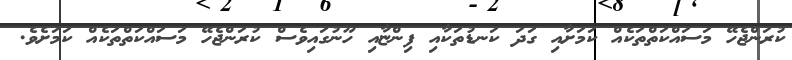
ކުރަންޖެހޭ މަސައްކަތްތަކެއް ކަމަށާއި ގަދަ ކަނޑުތަކާއި ފިންޏާއި ހޫނުގައިވެސް ކުރަންޖެހޭ މަސައްކަތްތަކެއް ކަމަށެވެ.